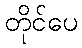
တိုင်ပေ